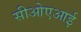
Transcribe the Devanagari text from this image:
सीओएआई